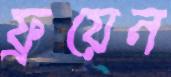
ফ্রয়েন